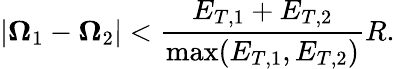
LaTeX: |{\mathbf\Omega}_{1}-{\mathbf\Omega}_{2}|<{\frac{{E_{T,1}+E_{T,2}}}{{\mathrm{max}(E_{T,1},E_{T,2})}}}R.